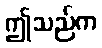
ဤသည်က